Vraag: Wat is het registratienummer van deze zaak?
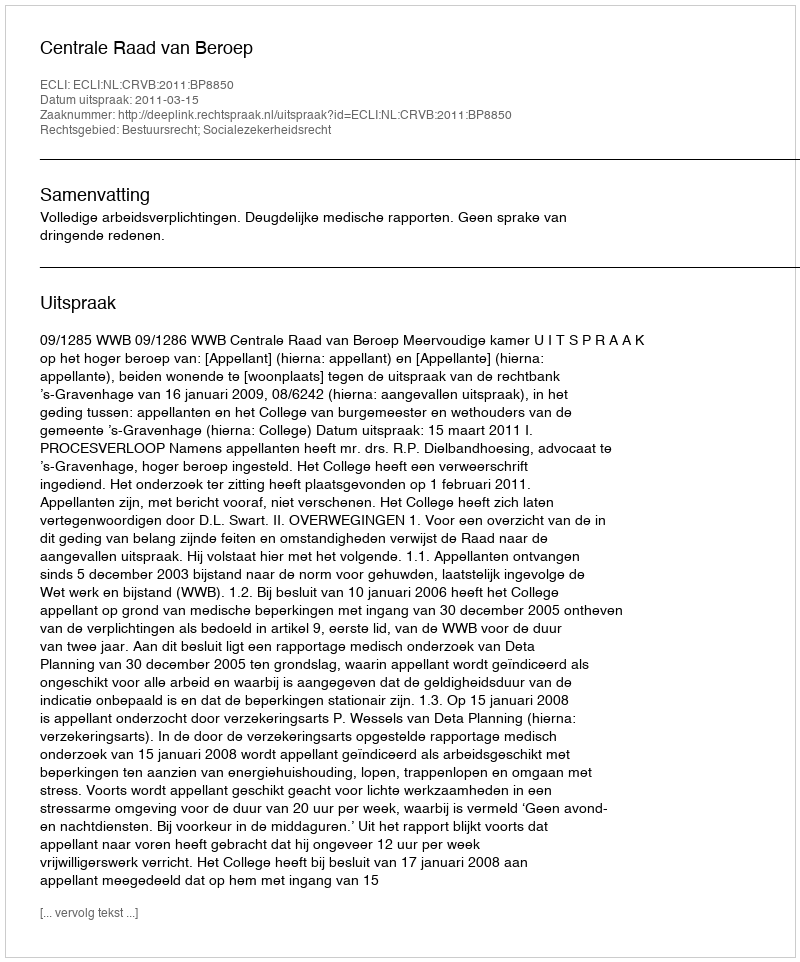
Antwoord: http://deeplink.rechtspraak.nl/uitspraak?id=ECLI:NL:CRVB:2011:BP8850